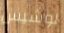
لوشيس